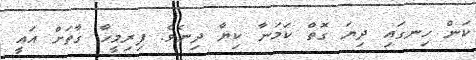
ކަން ހިނގައި ދިޔަ ގޮތް ކަމަނާ ކިޔާ ދިނެވެ. ފިރިމީހާ ގާތަށް އައީ